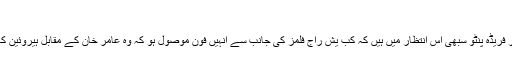
کم عمر حسینائیں
قطرینہ کیف، دیپکا پادوکون، پرینکا چوپڑہ اور فریڈہ پنٹو سبھی اس انتظار میں ہیں کہ کب یش راج فلمز کی جانب سے انہیں فون موصول ہو کہ وہ عامر خان کے مقابل ہیروئین کا رول نبھانے کے لیے منتخب کر لی گئی ہیں۔